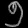
Digit: ၅